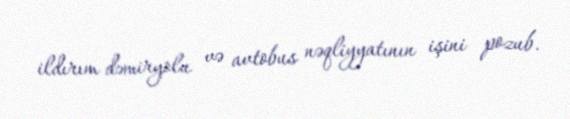
ildırım dəmiryolu və avtobus nəqliyyatının işini pozub.